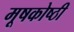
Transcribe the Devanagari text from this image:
मूषकोष्ठी